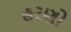
હરણો